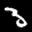
Label: 3